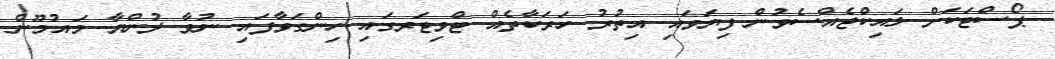
ޕޯސްޓަކަށް ލައިކްޖެއްސެވުން ފިޔަވައި އިތުރު ހަރަކާތެއް ޓްވިޓަރގައި ހިންގަވާފައި ނުވާ ދުންޔާ މައުމޫން